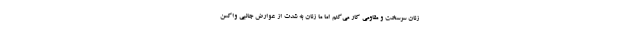
زنان سرسخت و مقاومی کار می‌کنم اما ما زنان به شدت از عوارض جانبی واکسن